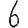
Digit: 6